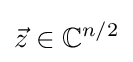
{\vec {z}}\in \mathbb {C} ^{n/2}